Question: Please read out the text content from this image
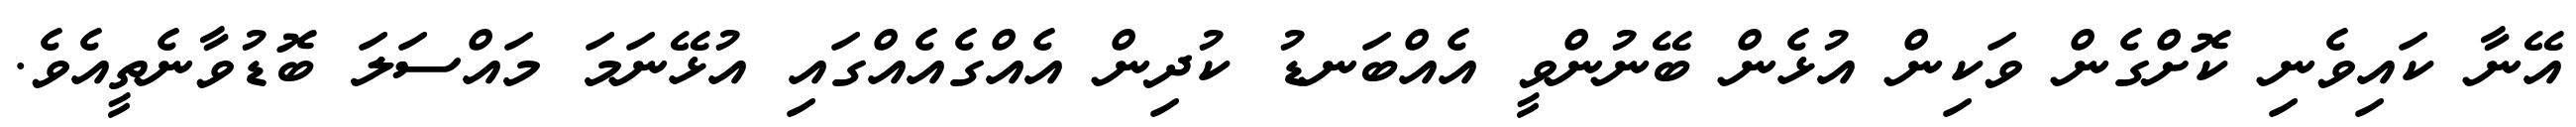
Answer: އޭނާ ކައިވެނި ކޮށްގެން ވަކިން އުޅެން ބޭނުންވީ އެއްބަނޑު ކުދިން އެއްގެއެއްގައި އުޅޭނަމަ މައްސަލަ ބޮޑުވާނެތީއެވެ.